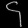
Digit: ၄